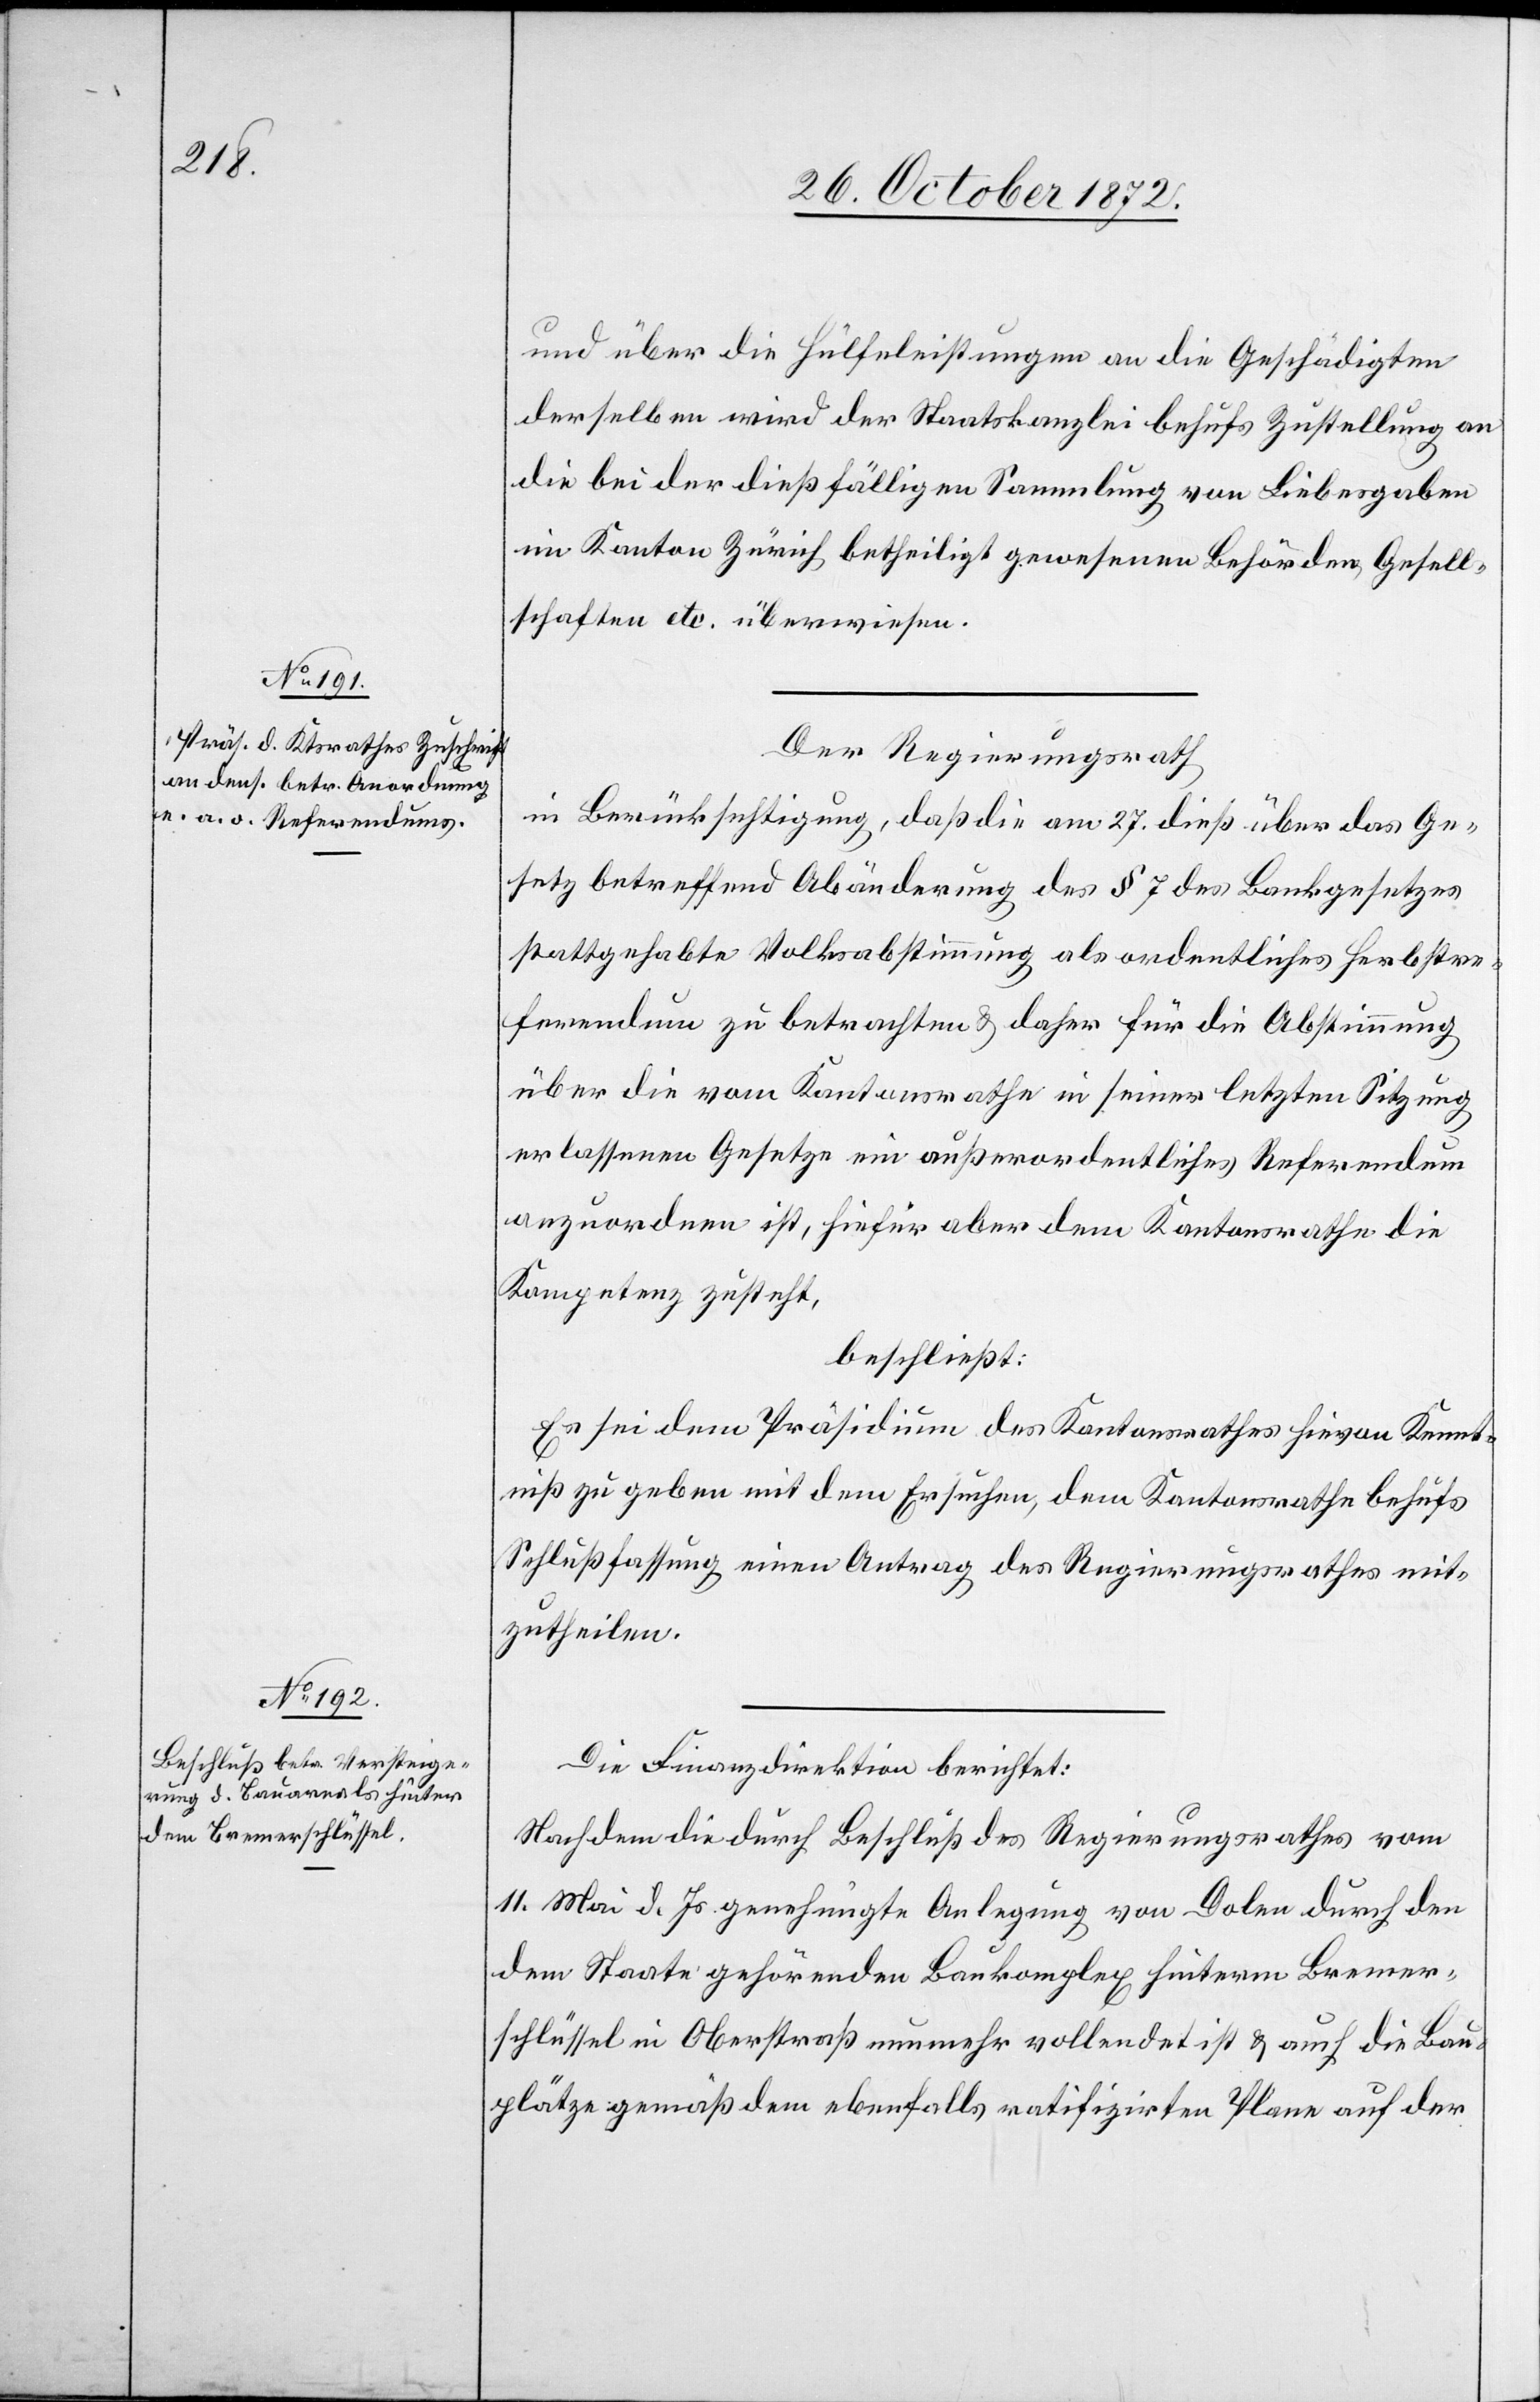
und über die Hülfeleistungen an die Geschädigten
derselben wird der Staatskanzlei behufs Zustellung an
die bei der dießfälligen Sammlung von Liebesgaben
im Kanton Zürich betheiligt gewesenen Behörden, Gesell¬
schaften etc. überwiesen.
Der Regierungsrath
in Berücksichtigung, daß die am 27. dieß über das Ge¬
setz betreffend Abänderung des § 7 des Bankgesetzes
stattgehabte Volksabstimmung als ordentliches Herbstre¬
ferendum zu betrachten u. daher für die Abstimmung
über die vom Kantonsrathe in seiner letzten Sitzung
erlassenen Gesetze ein außerordentliches Referendum
anzuordnen ist, hiefür aber dem Kantonsrathe die
Kompetenz zusteht,
beschließt:
Es sei dem Präsidium des Kantonsrathes hievon Kennt¬
niß zu geben mit dem Ersuchen, dem Kantonsrathe behufs
Schlußfassung einen Antrag des Regierungsrathes mit¬
zutheilen.
Die Finanzdirektion berichtet:
Nachdem die durch Beschluß des Regierungsrathes vom
11. Mai d. Js. genehmigte Anlegung von Dolen durch den
dem Staate gehörenden Baukomplex hinterm Bremer¬
schlüssel in Oberstraß nunmehr vollendet ist u. auch die Bau¬
plätze gemäß dem ebenfalls ratifizirten Plane auf der